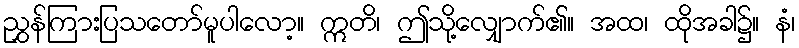
ညွှန်ကြားပြသတော်မူပါလော့။ ဣတိ၊ ဤသို့လျှောက်၏။ အထ၊ ထိုအခါ၌။ နံ၊